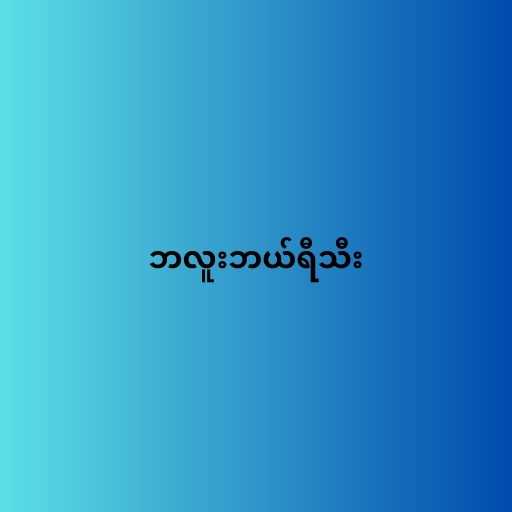
ဘလူးဘယ်ရီသီး